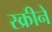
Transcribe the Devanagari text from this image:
स्क्रीने